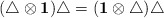
\begin{align*}(\triangle\otimes{\bf 1})\triangle=({\bf 1}\otimes\triangle)\triangle\end{align*}